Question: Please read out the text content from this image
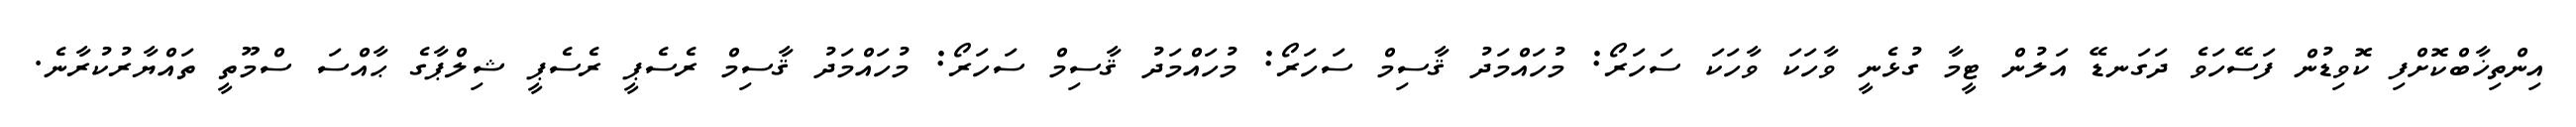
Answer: އިންތިޚާބްކޮށްފި ކޮވިޑުން ފަސޭހަވެ ދަގަނޑޭ އަލުން ޓީމާ ގުޅެނީ ވާހަކަ ވާހަކަ ސަހަރޯ: މުހައްމަދު ޤާސިމް ސަހަރޯ: މުހައްމަދު ޤާސިމް ސަހަރޯ: މުހައްމަދު ޤާސިމް ރެސެޕީ ރެސެޕީ ޝިލްޕާގެ ޙާއްސަ ސްމޫތީ ތައްޔާރުކުރާނެ.